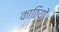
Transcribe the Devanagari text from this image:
काठियों